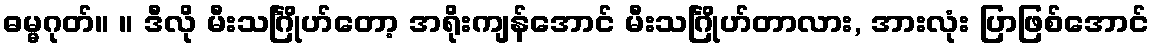
ဓမ္မဂုတ်။ ။ ဒီလို မီးသင်္ဂြိုဟ်တော့ အရိုးကျန်အောင် မီးသင်္ဂြိုဟ်တာလား, အားလုံး ပြာဖြစ်အောင်